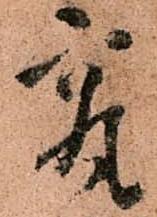
最